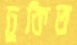
ঢুকিত